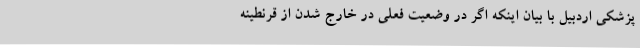
پزشکی اردبیل با بیان اینکه اگر در وضعیت فعلی در خارج شدن از قرنطینه